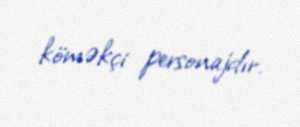
köməkçi personajdır.